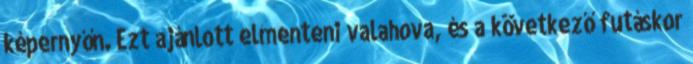
képernyőn. Ezt ajánlott elmenteni valahova, és a következő futáskor